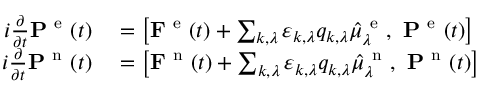
\begin{array} { r l } { i \frac { \partial } { \partial t } \mathbf { P } ^ { \mathrm { ~ e ~ } } ( t ) } & { { } = \left[ \mathbf { F } ^ { \mathrm { ~ e ~ } } ( t ) + \sum _ { k , \lambda } \varepsilon _ { k , \lambda } q _ { k , \lambda } \hat { \mu } _ { \lambda } ^ { \mathrm { ~ e ~ } } , \ \mathbf { P } ^ { \mathrm { ~ e ~ } } ( t ) \right] } \\ { i \frac { \partial } { \partial t } \mathbf { P } ^ { \mathrm { ~ n ~ } } ( t ) } & { { } = \left[ \mathbf { F } ^ { \mathrm { ~ n ~ } } ( t ) + \sum _ { k , \lambda } \varepsilon _ { k , \lambda } q _ { k , \lambda } \hat { \mu } _ { \lambda } ^ { \mathrm { ~ n ~ } } , \ \mathbf { P } ^ { \mathrm { ~ n ~ } } ( t ) \right] } \end{array}